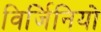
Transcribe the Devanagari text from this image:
विर्जिनियो